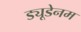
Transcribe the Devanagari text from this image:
ड्यूडेनम